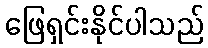
ဖြေရှင်းနိုင်ပါသည်